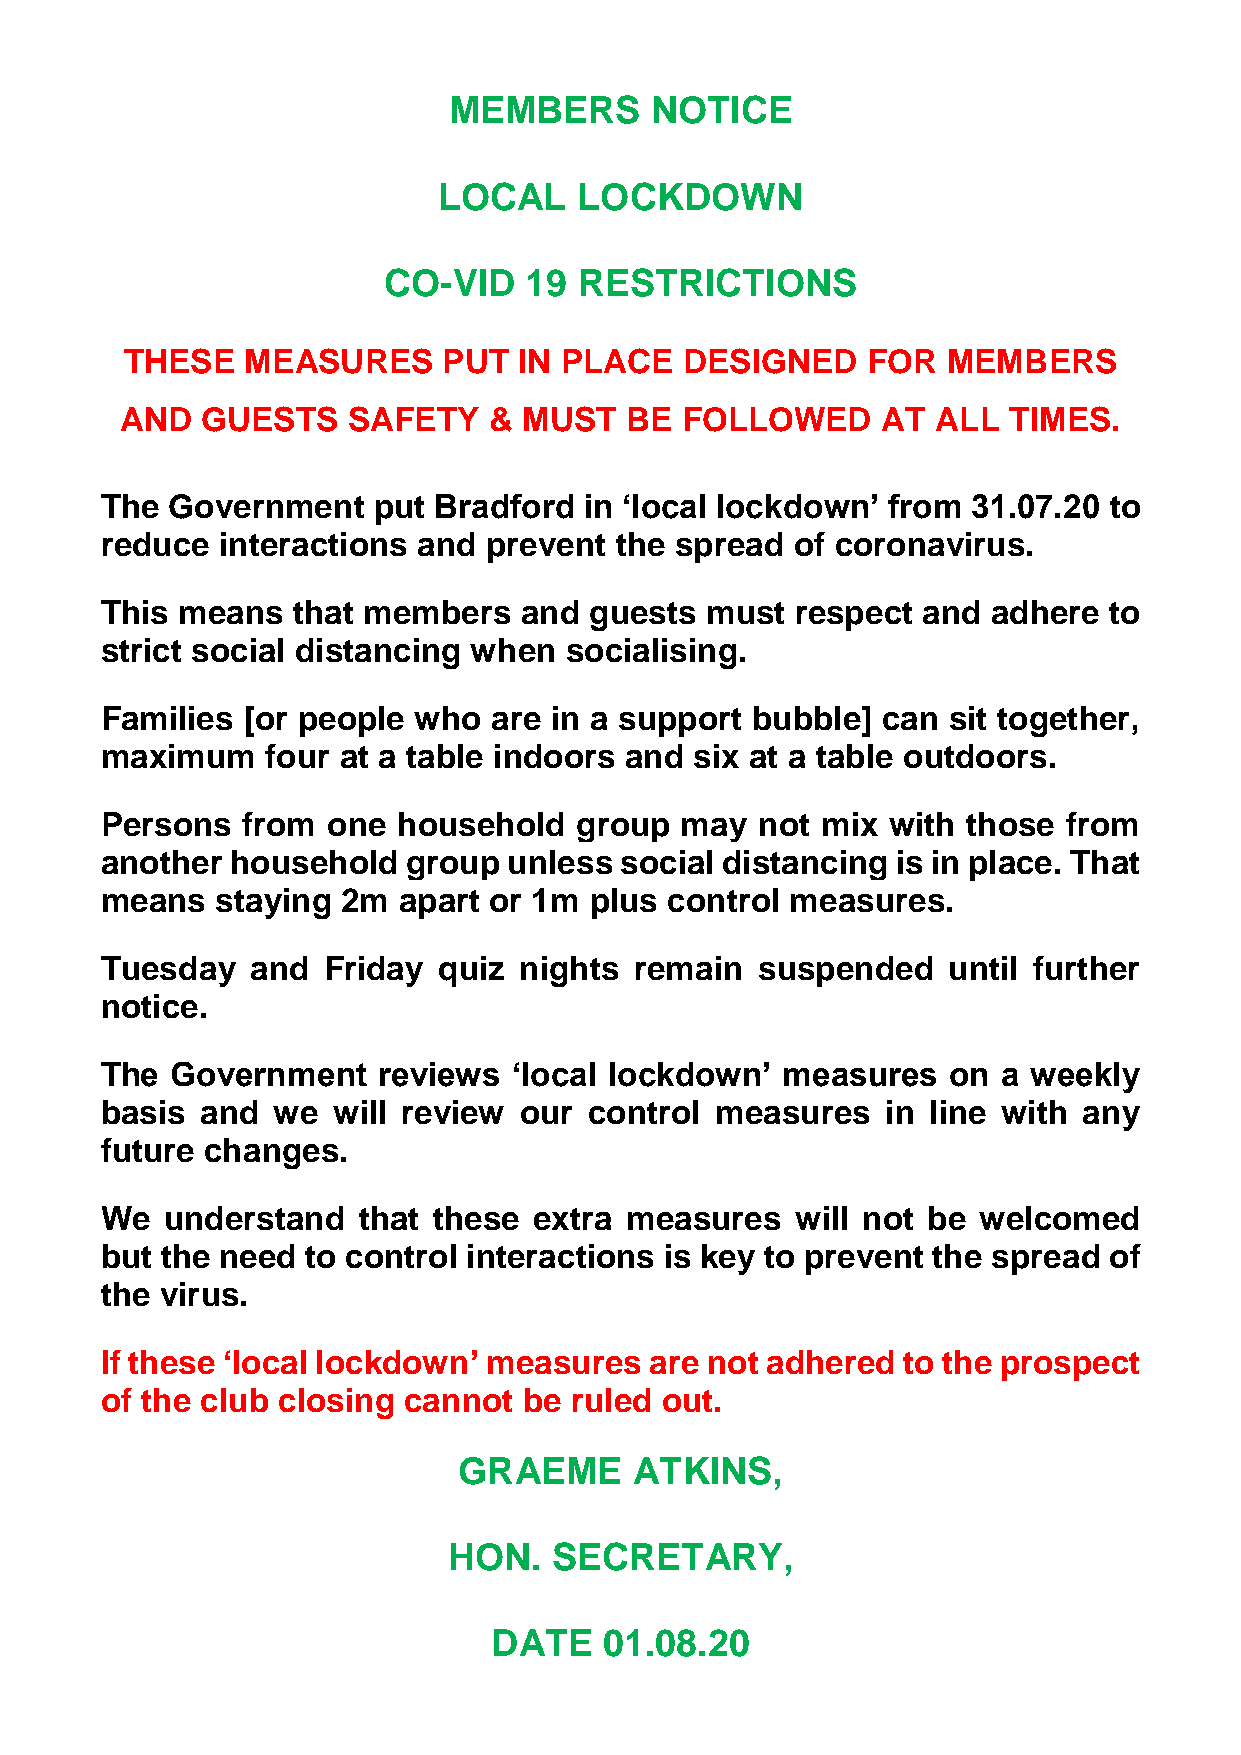
MEMBERS      NOTICE
 LOCAL    LOCKDOWN
 CO-VID    19 RESTRICTIONS
 THESE   MEASURES     PUT  IN PLACE   DESIGNED    FOR   MEMBERS
 AND  GUESTS    SAFETY   &  MUST  BE  FOLLOWED     AT  ALL  TIMES.
 The Government    put Bradford  in ‘local lockdown’ from 31.07.20 to
 reduce interactions  and prevent  the spread  of coronavirus.
 This means  that members   and  guests  must  respect and  adhere to
 strict social distancing when socialising.
 Families [or people who  are in a support  bubble] can  sit together,
 maximum    four at a table indoors and six at a table outdoors.
 Persons  from  one household   group  may  not mix  with those  from
 another household   group  unless social distancing is in place. That
 means  staying  2m apart or 1m  plus control measures.
 Tuesday   and Friday  quiz nights  remain  suspended    until further
 notice.
 The Government    reviews  ‘local lockdown’  measures   on a weekly
 basis and  we  will review our  control measures    in line with any
 future changes.
 We  understand   that these extra measures    will not be welcomed
 but the need to control interactions is key to prevent the spread of
 the virus.
 If these ‘local lockdown’ measures  are not adhered  to the prospect
 of the club closing cannot  be ruled out.
 GRAEME      ATKINS,
 HON.   SECRETARY,
 DATE    01.08.20